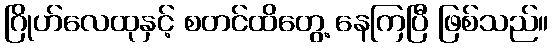
ဂြိုဟ်လေထုနှင့် စတင်ထိတွေ့ နေကြပြီ ဖြစ်သည်။